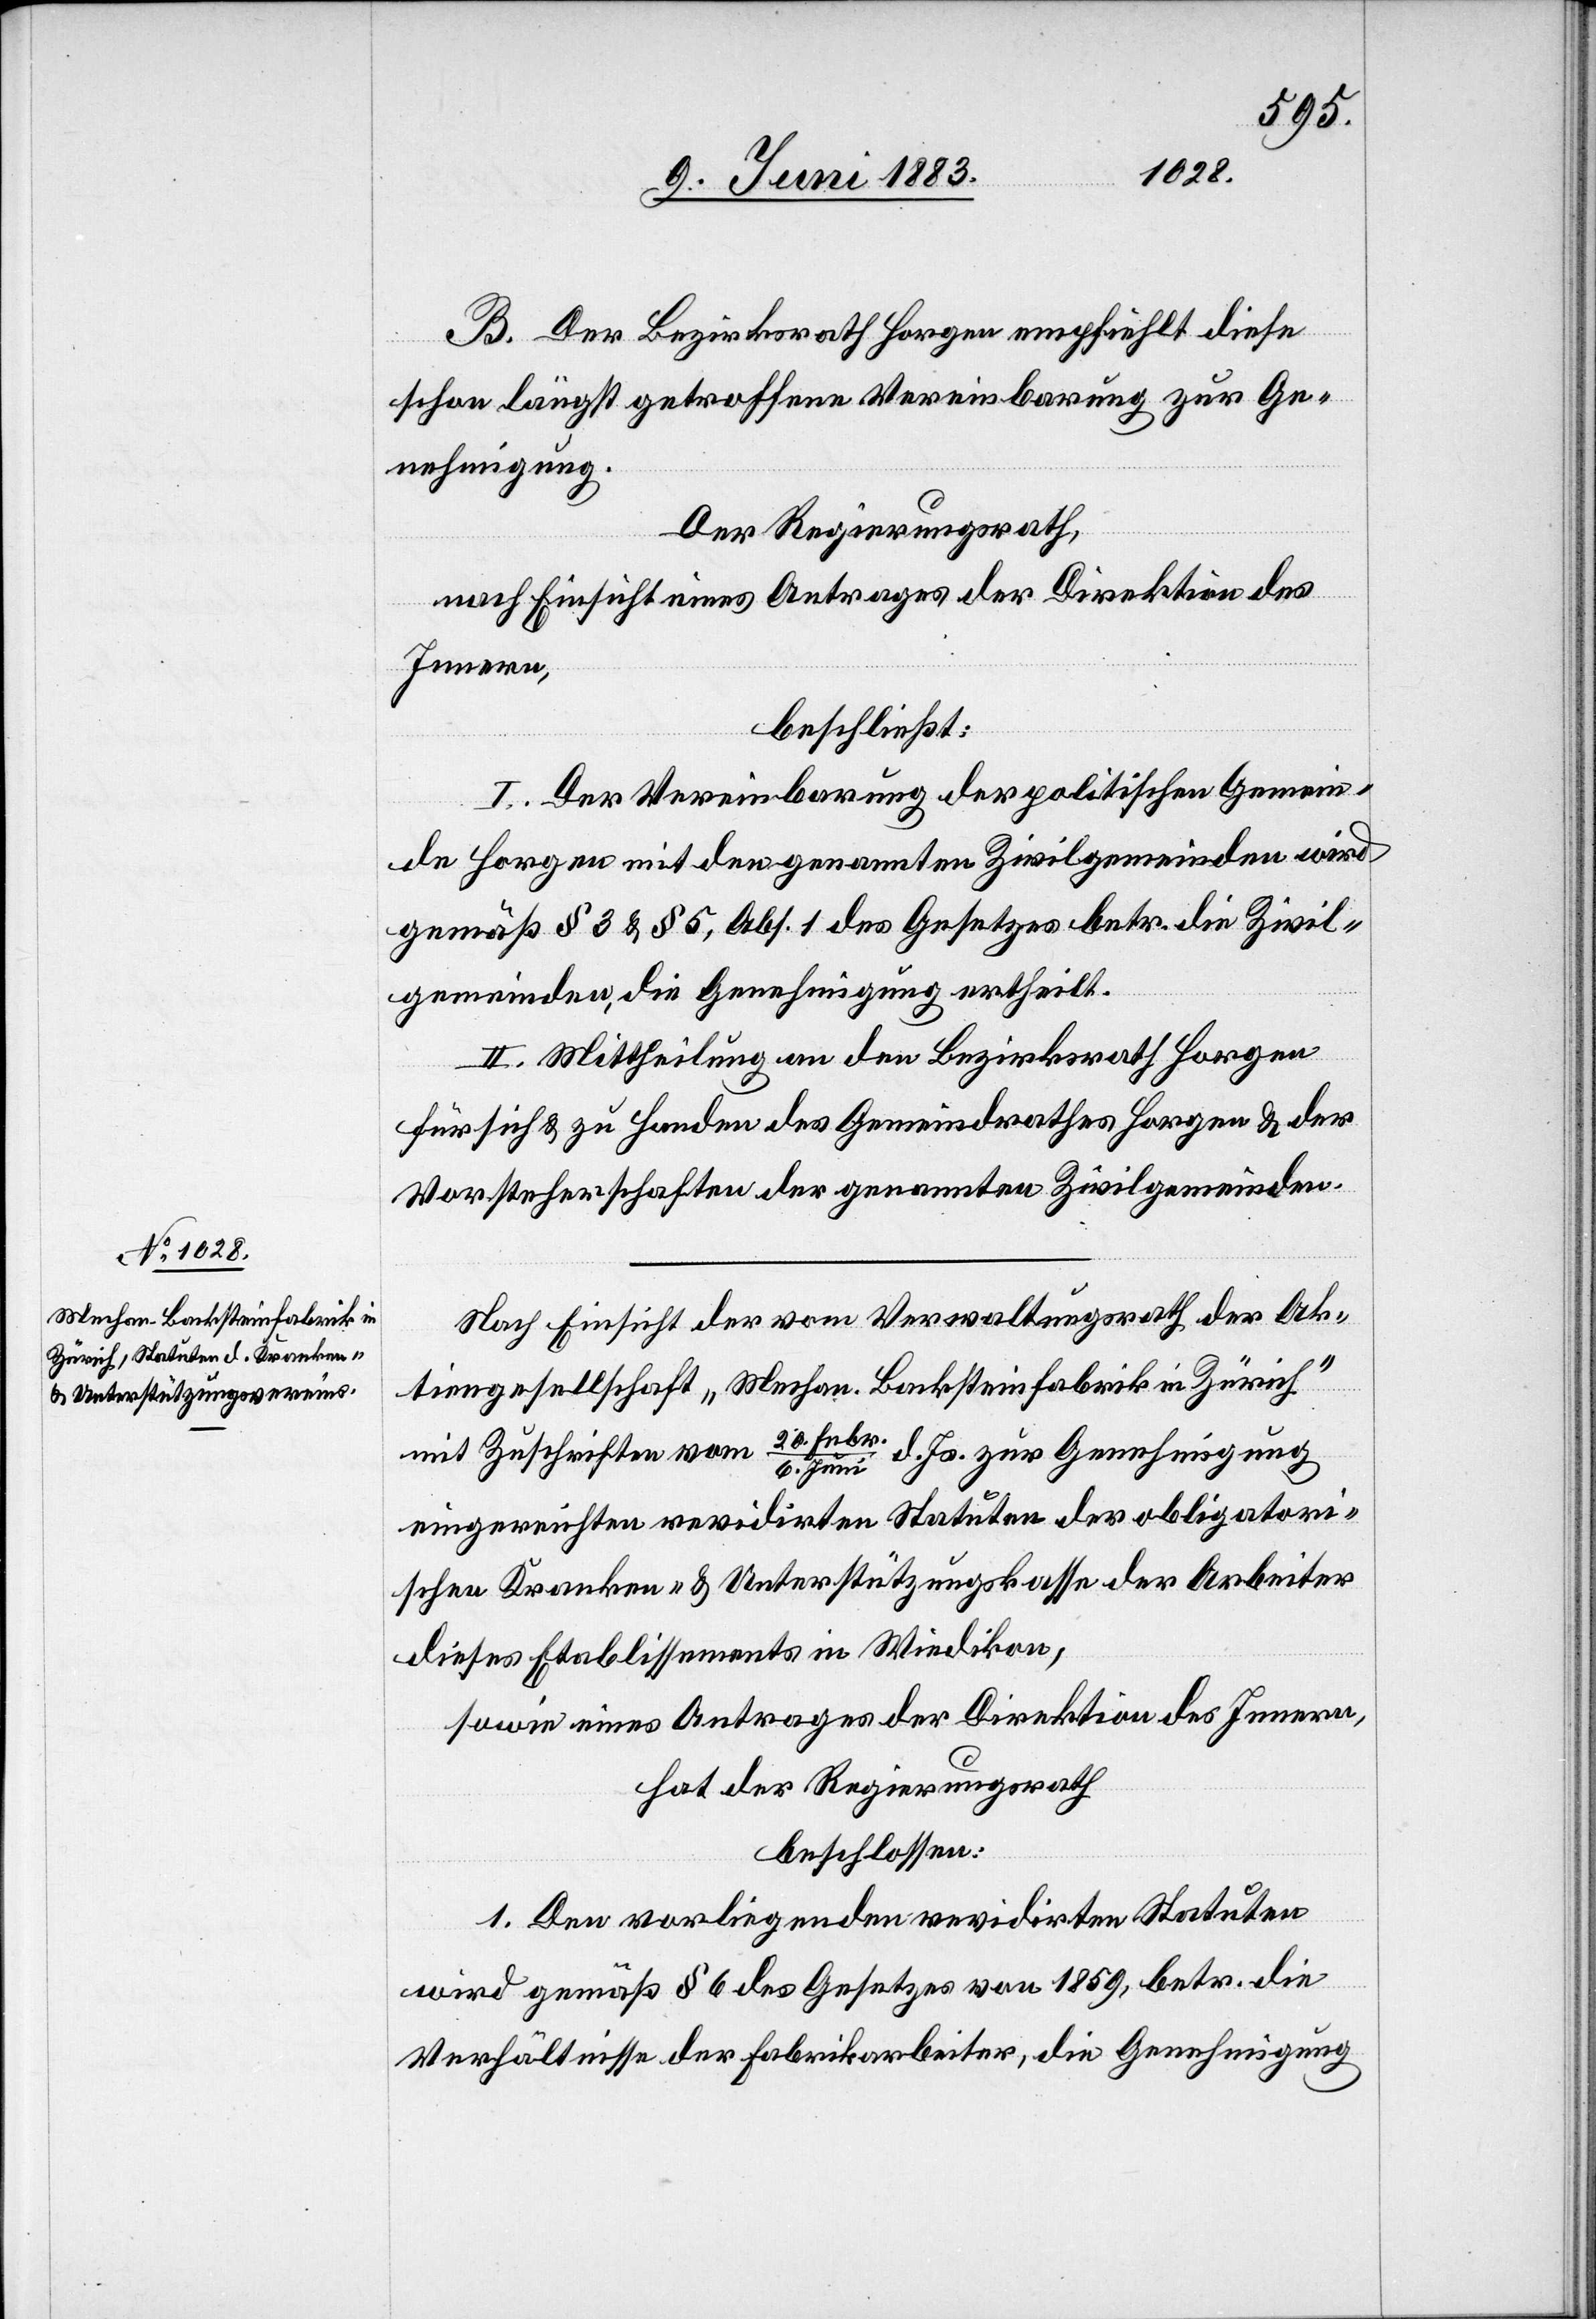
Juni
B. Der Bezirksrath Horgen empfiehlt diese
schon längst getroffene Vereinbarung zur Ge¬
nehmigung.
Der Regierungsrath,
nach Einsicht eines Antrages der Direktion des
Innern,
beschließt:
I. Der Vereinbarung der politischen Gemein¬
de Horgen mit den genannten Zivilgemeinden wird
gemäß § 3 & § 5, Abs. 1 des Gesetzes betr. die Zivil¬
gemeinden, die Genehmigung ertheilt.
II. Mittheilung an den Bezirksrath Horgen
für sich & zu Handen des Gemeindrathes Horgen & der
Vorsteherschaften der genannten Zivilgemeinden.
Nach Einsicht der vom Verwaltungsrath der Ak¬
tiengesellschaft „Mechan. Banksteinfabrik in Zürich“
mit Zuschriften vom 20. Feb¬
d. Js. zur Genehmigung
eingereichten revidirten Statuten des obligatori¬
schen Kranken- & Unterstützungskasse der Arbeiter
dieses Etablissements in Wiedikon,
sowie eines Antrages der Direktion des Innern,
hat der Regierungsrath
beschlossen:
1. Den vorliegenden revidirten Statuten
wird gemäß § 6 des Gesetzes von 1859, betr. die
Verhältnisse der Fabrikarbeiter, die Genehmigung